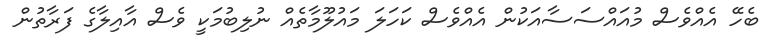
ބެހޭ އެއްވެސް މުއައްސަސާއަކުން އެއްވެސް ކަހަލަ މައުލޫމާތެއް ނުލިބުމަކީ ވެސް އާއިލާގެ ފަރާތުން